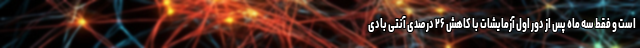
است و فقط سه ماه پس از دور اول آزمایشات با کاهش ۲۶ درصدی آنتی بادی